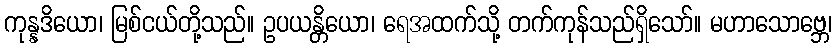
ကုန္နဒိယော၊ မြစ်ငယ်တို့သည်။ ဥပယန္တိယော၊ ရေအထက်သို့ တက်ကုန်သည်ရှိသော်။ မဟာသောဗ္ဘေ၊